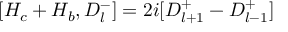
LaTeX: [ H _ { c } + H _ { b } , D _ { l } ^ { - } ] = 2 i [ D _ { l + 1 } ^ { + } - D _ { l - 1 } ^ { + } ]